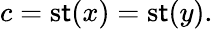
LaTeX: c=\operatorname{s\mathsf{t}}(x)=\operatorname{s\mathsf{t}}(y).